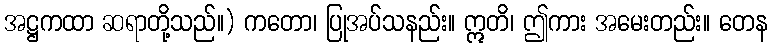
အဋ္ဌကထာ ဆရာတို့သည်။) ကတော၊ ပြုအပ်သနည်း။ ဣတိ၊ ဤကား အမေးတည်း။ တေန